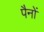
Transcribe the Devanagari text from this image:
पैनों